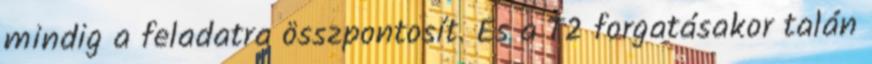
mindig a feladatra összpontosít. És a T2 forgatásakor talán